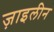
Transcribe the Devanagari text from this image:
ज़ाइलीन